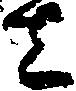
し